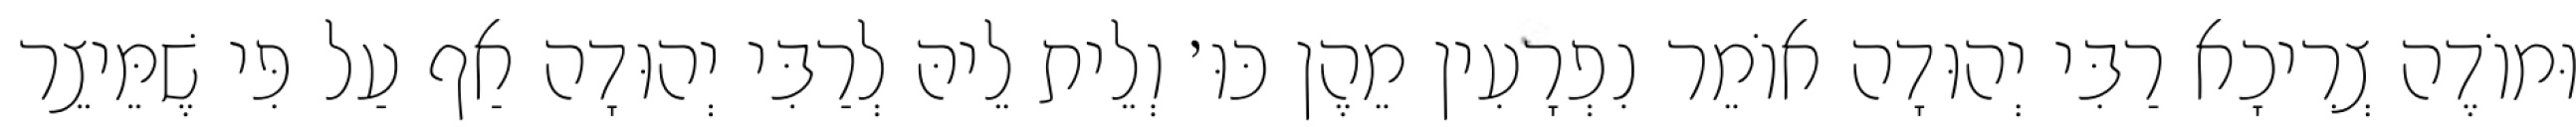
וּמוֹדֶה צְרִיכָא רַבִּי יְהוּדָה אוֹמֵר נִפְרָעִין מֵהֶן כּוּ׳ וְלֵית לֵיהּ לְרַבִּי יְהוּדָה אַף עַל פִּי שֶׁמֵּיצֵר